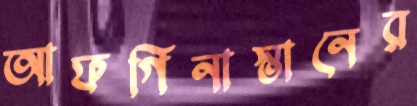
আফগিনাস্তানের